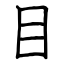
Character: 目